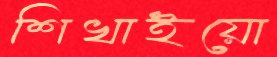
শিখাইয়ো